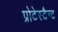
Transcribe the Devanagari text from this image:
प्रोटेस्टैन्ट